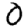
Digit: 0